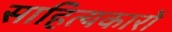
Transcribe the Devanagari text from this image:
साहित्‍यकारों